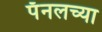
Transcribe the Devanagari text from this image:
पॅनलच्या